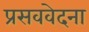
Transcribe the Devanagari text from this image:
प्रसववेदना